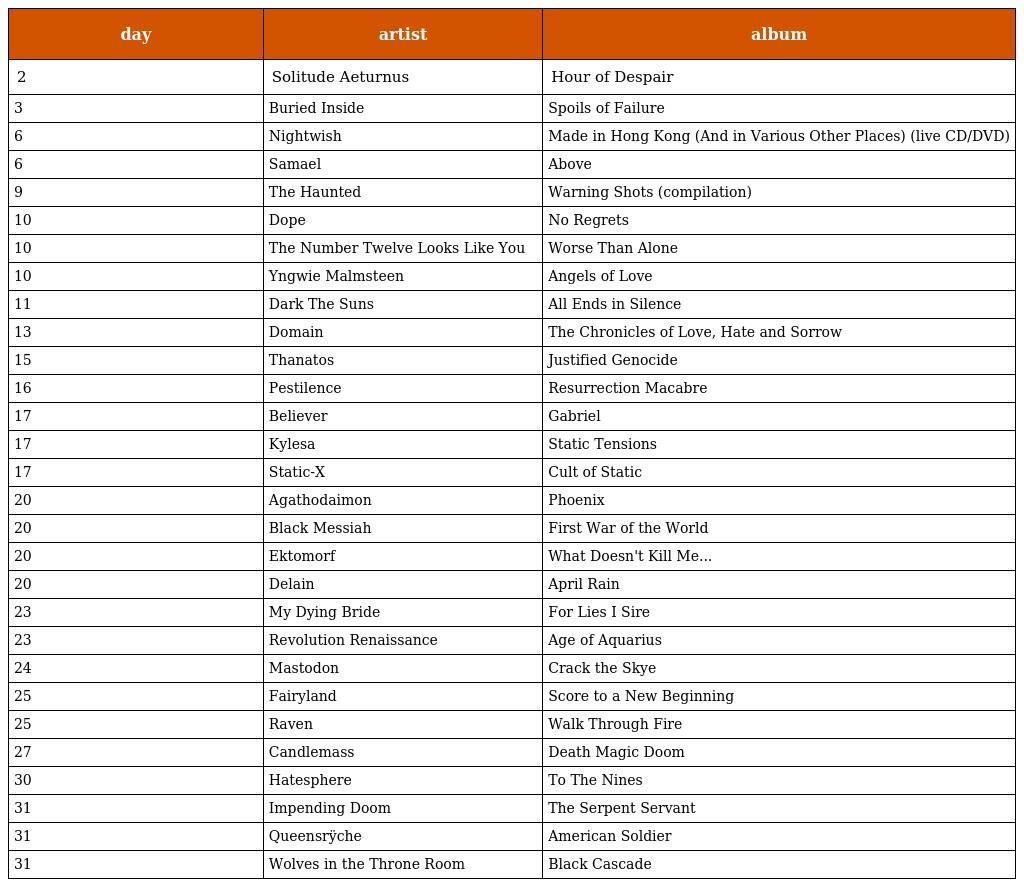
| day | artist | album |
 | --- | --- | --- |
 | 2 | Solitude Aeturnus | Hour of Despair |
 | 3 | Buried Inside | Spoils of Failure |
 | 6 | Nightwish | Made in Hong Kong (And in Various Other Places) (live CD/DVD) |
 | 6 | Samael | Above |
 | 9 | The Haunted | Warning Shots (compilation) |
 | 10 | Dope | No Regrets |
 | 10 | The Number Twelve Looks Like You | Worse Than Alone |
 | 10 | Yngwie Malmsteen | Angels of Love |
 | 11 | Dark The Suns | All Ends in Silence |
 | 13 | Domain | The Chronicles of Love, Hate and Sorrow |
 | 15 | Thanatos | Justified Genocide |
 | 16 | Pestilence | Resurrection Macabre |
 | 17 | Believer | Gabriel |
 | 17 | Kylesa | Static Tensions |
 | 17 | Static-X | Cult of Static |
 | 20 | Agathodaimon | Phoenix |
 | 20 | Black Messiah | First War of the World |
 | 20 | Ektomorf | What Doesn't Kill Me... |
 | 20 | Delain | April Rain |
 | 23 | My Dying Bride | For Lies I Sire |
 | 23 | Revolution Renaissance | Age of Aquarius |
 | 24 | Mastodon | Crack the Skye |
 | 25 | Fairyland | Score to a New Beginning |
 | 25 | Raven | Walk Through Fire |
 | 27 | Candlemass | Death Magic Doom |
 | 30 | Hatesphere | To The Nines |
 | 31 | Impending Doom | The Serpent Servant |
 | 31 | Queensrÿche | American Soldier |
 | 31 | Wolves in the Throne Room | Black Cascade |